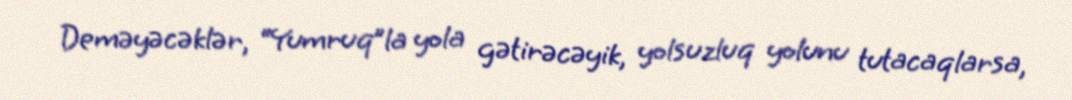
Deməyəcəklər, “Yumruq”la yola gətirəcəyik, yolsuzluq yolunu tutacaqlarsa,